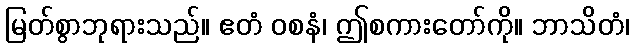
မြတ်စွာဘုရားသည်။ ဧတံ ဝစနံ၊ ဤစကားတော်ကို။ ဘာသိတံ၊